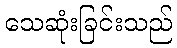
သေဆုံးခြင်းသည်